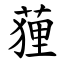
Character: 䔆